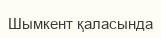
Шымкент қаласында